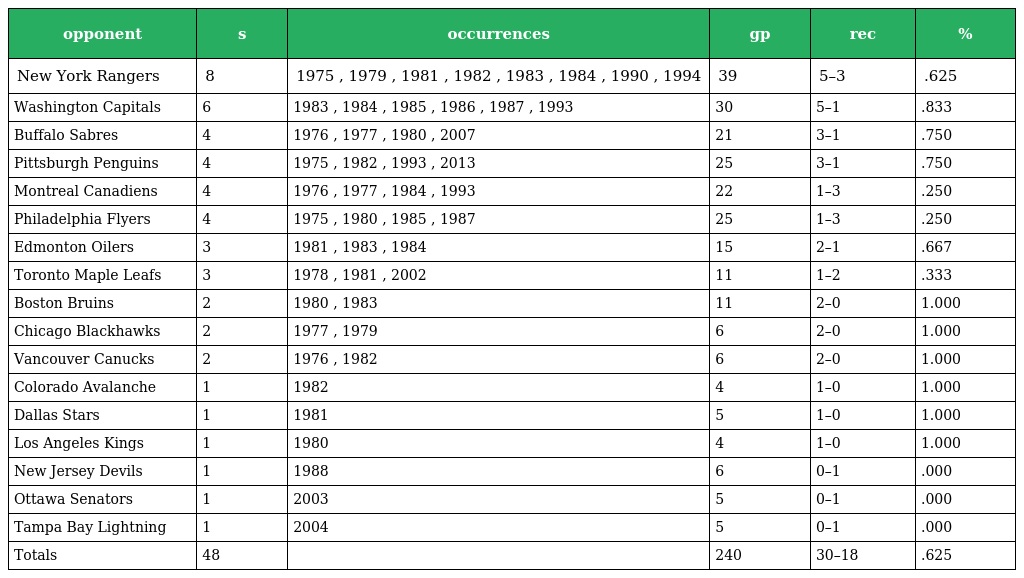
| opponent | s | occurrences | gp | rec | % |
 | --- | --- | --- | --- | --- | --- |
 | New York Rangers | 8 | 1975 , 1979 , 1981 , 1982 , 1983 , 1984 , 1990 , 1994 | 39 | 5–3 | .625 |
 | Washington Capitals | 6 | 1983 , 1984 , 1985 , 1986 , 1987 , 1993 | 30 | 5–1 | .833 |
 | Buffalo Sabres | 4 | 1976 , 1977 , 1980 , 2007 | 21 | 3–1 | .750 |
 | Pittsburgh Penguins | 4 | 1975 , 1982 , 1993 , 2013 | 25 | 3–1 | .750 |
 | Montreal Canadiens | 4 | 1976 , 1977 , 1984 , 1993 | 22 | 1–3 | .250 |
 | Philadelphia Flyers | 4 | 1975 , 1980 , 1985 , 1987 | 25 | 1–3 | .250 |
 | Edmonton Oilers | 3 | 1981 , 1983 , 1984 | 15 | 2–1 | .667 |
 | Toronto Maple Leafs | 3 | 1978 , 1981 , 2002 | 11 | 1–2 | .333 |
 | Boston Bruins | 2 | 1980 , 1983 | 11 | 2–0 | 1.000 |
 | Chicago Blackhawks | 2 | 1977 , 1979 | 6 | 2–0 | 1.000 |
 | Vancouver Canucks | 2 | 1976 , 1982 | 6 | 2–0 | 1.000 |
 | Colorado Avalanche | 1 | 1982 | 4 | 1–0 | 1.000 |
 | Dallas Stars | 1 | 1981 | 5 | 1–0 | 1.000 |
 | Los Angeles Kings | 1 | 1980 | 4 | 1–0 | 1.000 |
 | New Jersey Devils | 1 | 1988 | 6 | 0–1 | .000 |
 | Ottawa Senators | 1 | 2003 | 5 | 0–1 | .000 |
 | Tampa Bay Lightning | 1 | 2004 | 5 | 0–1 | .000 |
 | Totals | 48 |  | 240 | 30–18 | .625 |